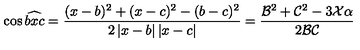
\cos \widehat { b x c } = \frac { ( x - b ) ^ { 2 } + ( x - c ) ^ { 2 } - ( b - c ) ^ { 2 } } { 2 \left| x - b \right| \left| x - c \right| } = \frac { \mathcal { B } ^ { 2 } + \mathcal { C } ^ { 2 } - 3 \mathcal { X } \alpha } { 2 \mathcal { B C } }